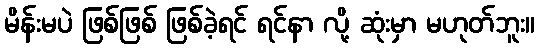
မိန်းမပဲ ဖြစ်ဖြစ် ဖြစ်ခဲ့ရင် ရင်နာ လို့ ဆုံးမှာ မဟုတ်ဘူး။